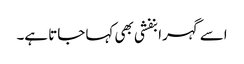
اسے گہرا بنفشی بھی کہا جاتا ہے۔